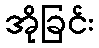
အိုခြင်း